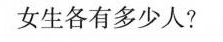
女生各有多少人?